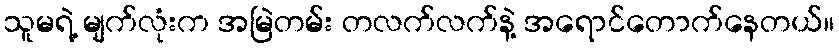
သူမရဲ့ မျက်လုံးက အမြဲတမ်း တလက်လက်နဲ့ အရောင်တောက်နေတယ်။